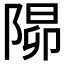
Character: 𨺸